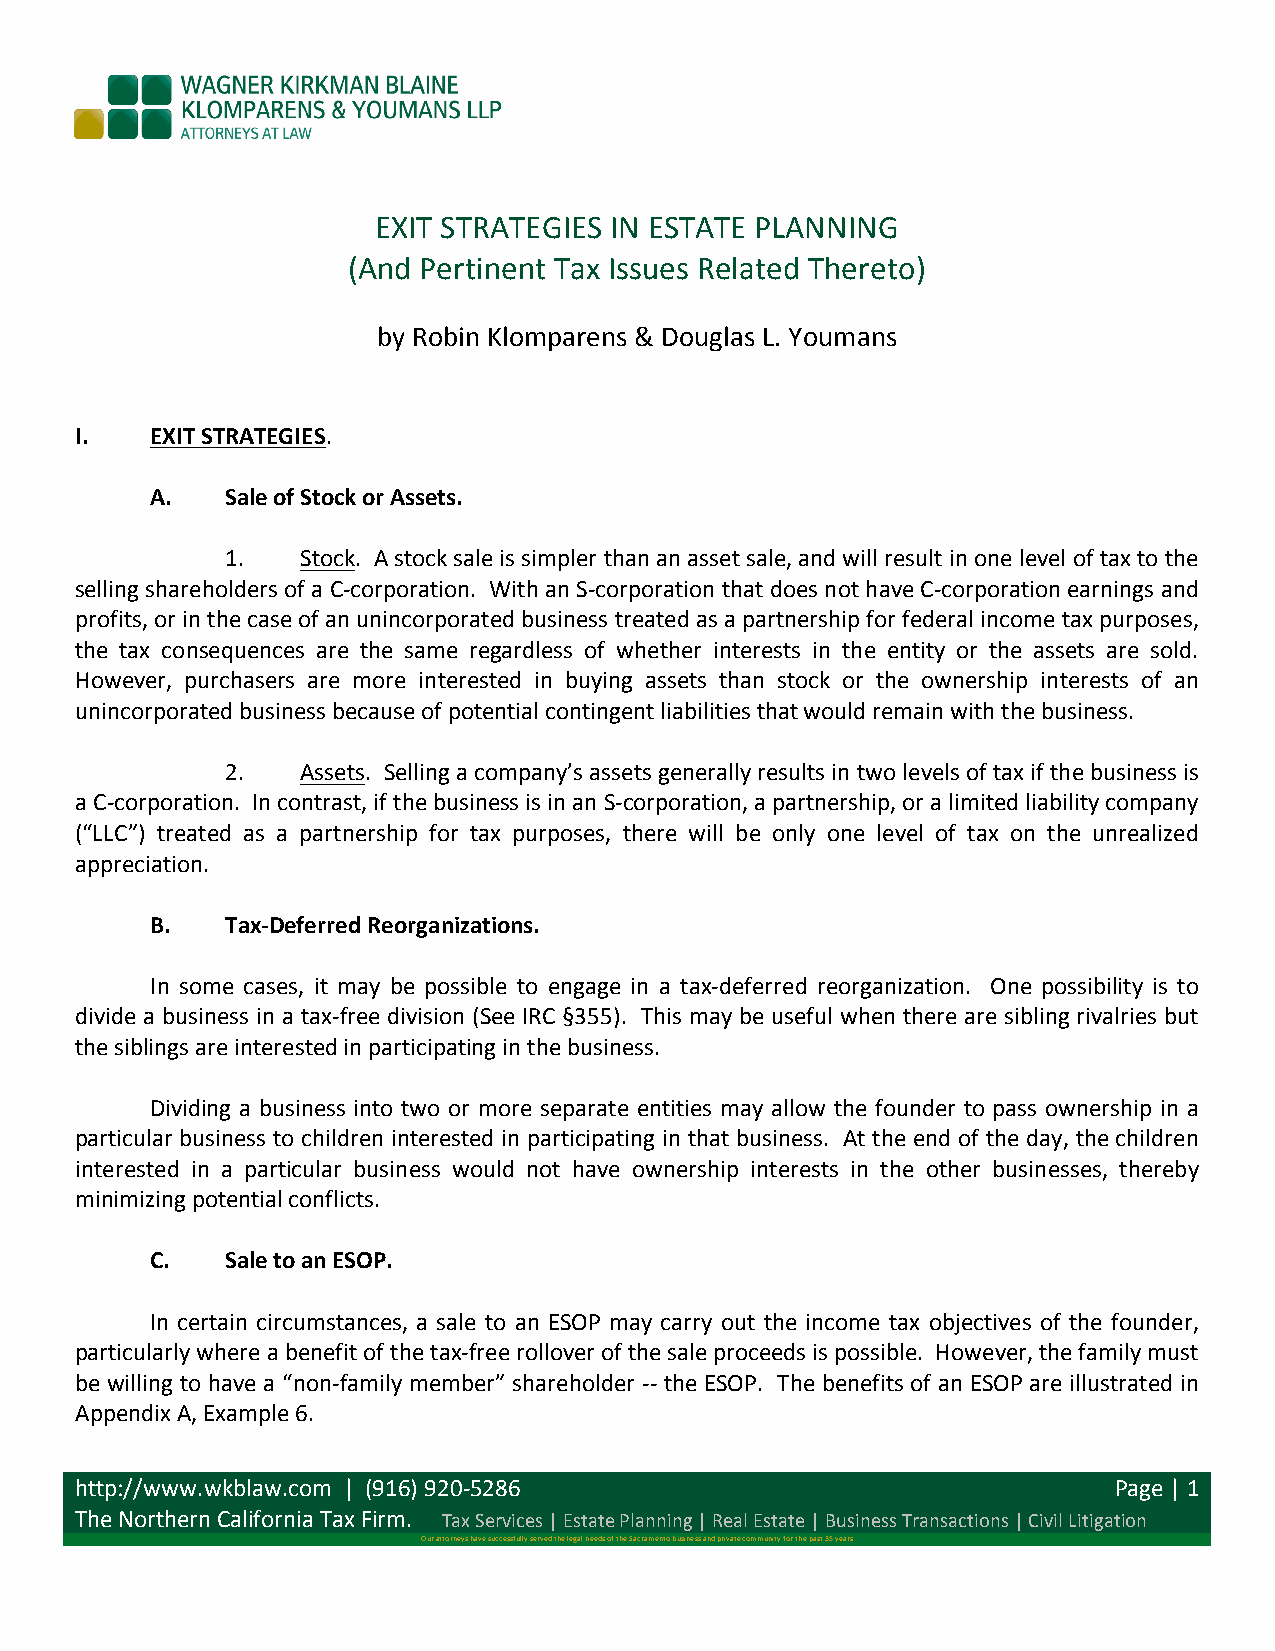
EXIT STRATEGIES IN ESTATE PLANNING
 (And Pertinent Tax Issues Related Thereto)
 by Robin Klomparens & Douglas L. Youmans
 I.   EXIT STRATEGIES.
 A.   Sale of Stock or Assets.
 1.   Stock. A stock sale is simpler than an asset sale, and will result in one level of tax to the
 selling shareholders of a C-­‐corporation. With an S-­‐corporation that does not have C-­‐corporation earnings and
 profits, or in the case of an unincorporated business treated as a partnership for federal income tax purposes,
 the tax consequences are the same regardless of whether interests in the entity or the assets are sold.
 However, purchasers are more interested in buying assets than stock or the ownership interests of an
 unincorporated business because of potential contingent liabilities that would remain with the business.
 2.   Assets. Selling a company’s assets generally results in two levels of tax if the business is
 a C-­‐corporation. In contrast, if the business is in an S-­‐corporation, a partnership, or a limited liability company
 (“LLC”) treated as a partnership for tax purposes, there will be only one level of tax on the unrealized
 appreciation.
 B.   Tax-­‐Deferred Reorganizations.
 In some cases, it may be possible to engage in a tax-­‐deferred reorganization. One possibility is to
 divide a business in a tax-­‐free division (See IRC §355). This may be useful when there are sibling rivalries but
 the siblings are interested in participating in the business.
 Dividing a business into two or more separate entities may allow the founder to pass ownership in a
 particular business to children interested in participating in that business. At the end of the day, the children
 interested in a particular business would not have ownership interests in the other businesses, thereby
 minimizing potential conflicts.
 C.   Sale to an ESOP.
 In certain circumstances, a sale to an ESOP may carry out the income tax objectives of the founder,
 particularly where a benefit of the tax-­‐free rollover of the sale proceeds is possible. However, the family must
 be willing to have a “non-­‐family member” shareholder -­‐-­‐ the ESOP. The benefits of an ESOP are illustrated in
 Appendix A, Example 6.
 http://www.wkblaw.com | (916) 920-­‐5286                             Page | 1
 The Northern California Tax Firm. Tax Services | Estate Planning | Real Estate | Business Transactions | Civil Litigation
 Our attorneys have successfully served the legal needs of the Sacramento business and private community for the past 35 years